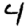
Digit: 4